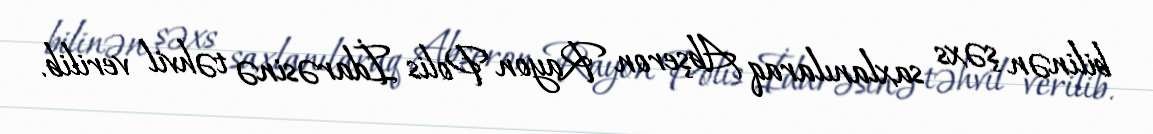
bilinən şəxs saxlanılaraq Abşeron Rayon Polis İdarəsinə təhvil verilib.